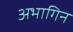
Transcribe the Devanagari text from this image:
अभागिन